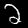
Digit: 2